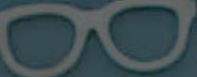
مه